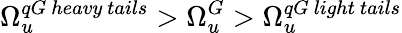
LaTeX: \Omega_{u}^{qG\ heavy\ tails}>\Omega_{u}^{G}>\Omega_{u}^{qG\ light\ tails}